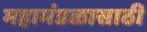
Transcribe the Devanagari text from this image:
महामंडळासाठी